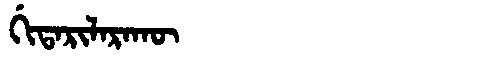
Manchu: ᡤᡳᡨᠠᡵᡳᠯᠠᡵᠠᡴᡡ
Romanization: GITARILARAKŪ